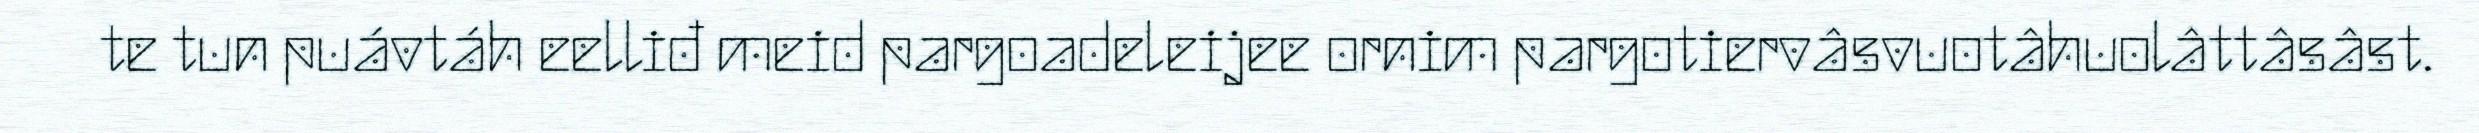
te tun puávtáh eelliđ meid pargoadeleijee ornim pargotiervâsvuotâhuolâttâsâst.